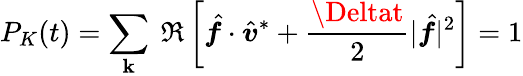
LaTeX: P_{K}(t)=\sum_{\boldsymbol{\mathbf{k}}}~\Re\left[\hat{{\boldsymbol{f}}}\cdot\hat{{\boldsymbol{v}}}^{*}+\frac{{\Deltat}}{{2}}|\hat{{\boldsymbol{f}}}|^{2}\right]=1